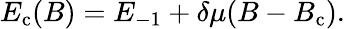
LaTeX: E_{\mathrm{c}}(B)=E_{-1}+\delta\mu(B-B_{\mathrm{c}}).